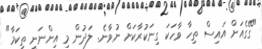
"ގޭގެއަށް އައިސް ތިހާ ވާހަކަ ގިނަކުރާކަށް ނުވާނެ. ލަދުން މި އިންނަނީ ތިކަމާ"